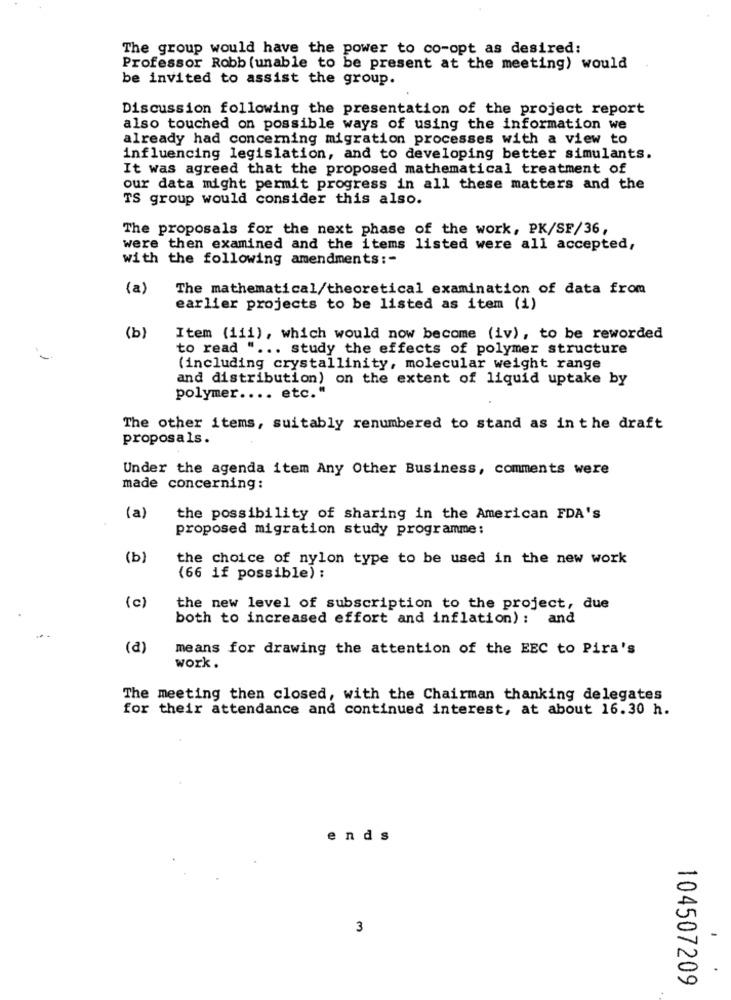
The group would have the power to co-opt as desired:
Professor Robb (unable to be present at the meeting) would
be invited to assist the group.
Discussion following the presentation of the project report
also touched on possible ways of using the information we
already had concerning migration processes with a view to
influencing legislation, and to developing better simulants.
It was agreed that the proposed mathematical treatment of
our data might permit progress in all these matters and the
TS group would consider this also.
The proposals for the next phase of the work, PK/SF/36,
were then examined and the items listed were all accepted,
with the following amendments:"
(a)
The mathematical/theoretical examination of data from
earlier projects to be listed as item (1)
(b)
Item (iii), which would now become (iv), to be reworded
to read " ... study the effects of polymer structure
(including crystallinity, molecular weight range
and distribution) on the extent of liquid uptake by
polymer .... etc."
The other items, suitably renumbered to stand as in the draft
proposals.
Under the agenda item Any Other Business, comments were
made concerning:
(a)
the possibility of sharing in the American FDA's
proposed migration study programme:
(b)
the choice of nylon type to be used in the new work
(66 if possible) :
(c)
the new level of subscription to the project, due
both to increased effort and inflation) : and
(a)
means for drawing the attention of the EEC to Pira's
work .
The meeting then closed, with the Chairman thanking delegates
for their attendance and continued interest, at about 16.30 h.
ends
3
104507209